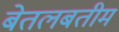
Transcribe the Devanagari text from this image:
बेतलबतीम